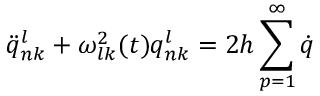
\ddot { q } _ { n k } ^ { l } + \omega _ { l k } ^ { 2 } ( t ) q _ { n k } ^ { l } = 2 h \sum _ { p = 1 } ^ { \infty } \dot { q }